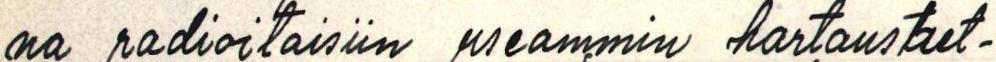
na radioitaisiin useammin hartaushet-